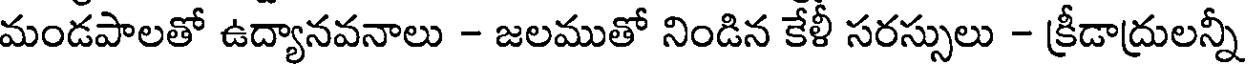
మండపాలతో ఉద్యానవనాలు - జలముతో నిండిన కేళీ సరస్సులు - క్రీడాద్రులన్నీ